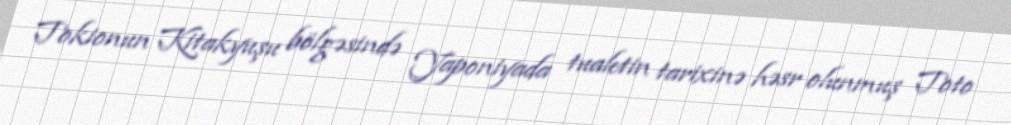
Tokionun Kitakyuşu bölgəsində Yaponiyada tualetin tarixinə həsr olunmuş Toto